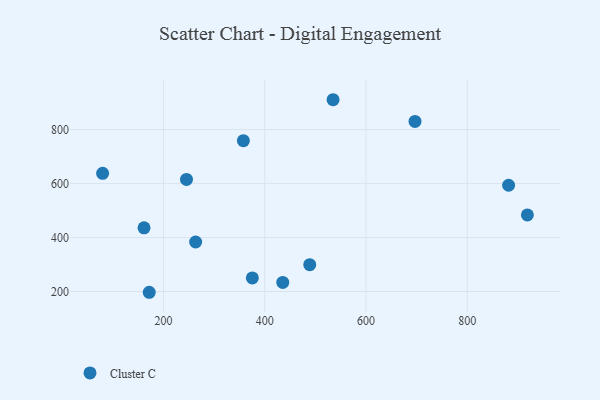
{"axis": {"x": "Speed", "y": "Yield"}, "legend": ["Cluster C"], "data": [{"x": "534.9", "y": 910.7, "type": "Cluster C"}, {"x": "435.5", "y": 233.7, "type": "Cluster C"}, {"x": "263.4", "y": 383.5, "type": "Cluster C"}, {"x": "696.8", "y": 830.3, "type": "Cluster C"}, {"x": "245.3", "y": 615.2, "type": "Cluster C"}, {"x": "375.4", "y": 250.4, "type": "Cluster C"}, {"x": "171.7", "y": 197.2, "type": "Cluster C"}, {"x": "161.4", "y": 435.9, "type": "Cluster C"}, {"x": "357.7", "y": 759.1, "type": "Cluster C"}, {"x": "488.8", "y": 299.4, "type": "Cluster C"}, {"x": "881.7", "y": 593.8, "type": "Cluster C"}, {"x": "918.8", "y": 484.0, "type": "Cluster C"}, {"x": "79.6", "y": 638.0, "type": "Cluster C"}]}